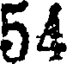
54